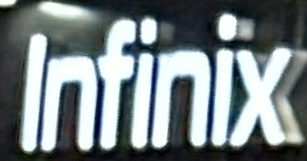
Infinix